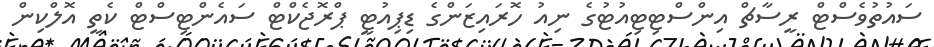
ސައުތުވެސްޓް ރީސާޗް އިންސްޓިޓިއުޓުގެ ނިއު ހޮރައިޒަންގެ ޑިޕިއުޓީ ޕްރޮޖެކްޓް ސައެންޓިސްޓް ކެތީ އޮލްކިން